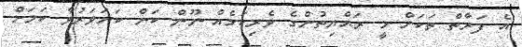
އެ ފަރާތް ތަކަށް މީ ރައްޔިތުންގެ ވެރިކަމެއް ނޫން ކަން ކަށަވަރުވާ ކަަމަށް